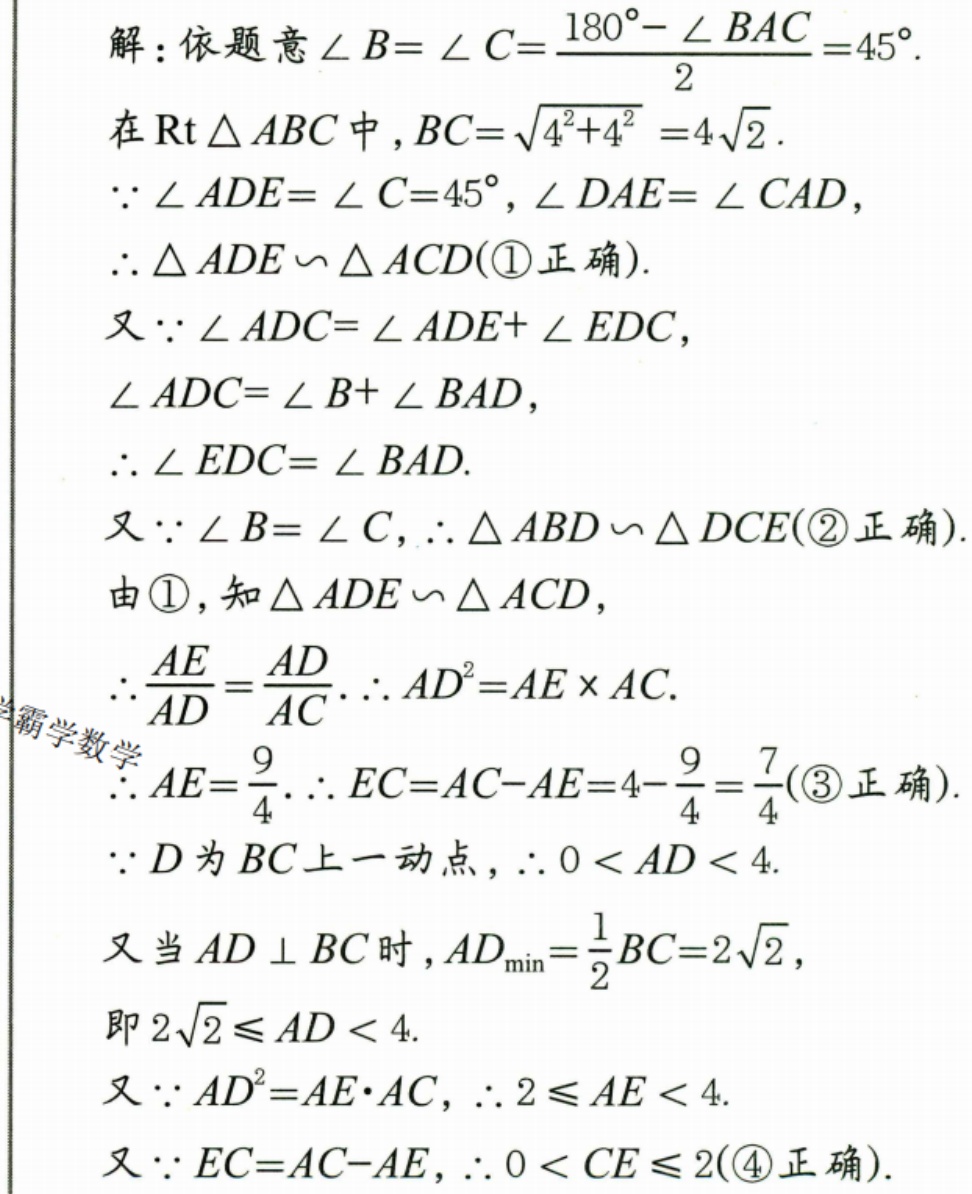
解：依题意\(\angle B = \angle C=\frac{180^{\circ}-\angle BAC}{2}=45^{\circ}\).
在\(\text{Rt}\triangle ABC\)中，\(BC = \sqrt{4^{2}+4^{2}} = 4\sqrt{2}\).
\(\because\angle ADE=\angle C = 45^{\circ}\)，\(\angle DAE=\angle CAD\)，
\(\therefore\triangle ADE\backsim\triangle ACD(\textcircled{1}正确)\).
又\(\because\angle ADC=\angle ADE+\angle EDC\)，
\(\angle ADC=\angle B+\angle BAD\)，
\(\therefore\angle EDC=\angle BAD\).
又\(\because\angle B = \angle C\)，\(\therefore\triangle ABD\backsim\triangle DCE(\textcircled{2}正确)\).
由\(\textcircled{1}\)，知\(\triangle ADE\backsim\triangle ACD\)，
\(\therefore\frac{AE}{AD}=\frac{AD}{AC}\). \(\therefore AD^{2}=AE\times AC\).
\(\therefore AE = \frac{9}{4}\). \(\therefore EC=AC - AE=4-\frac{9}{4}=\frac{7}{4}(\textcircled{3}正确)\).
\(\because D\)为\(BC\)上一动点，\(\therefore0 < AD < 4\).
又当\(AD\perp BC\)时，\(AD_{\min}=\frac{1}{2}BC = 2\sqrt{2}\)，
即\(2\sqrt{2}\leqslant AD < 4\).
又\(\because AD^{2}=AE\cdot AC\)，\(\therefore2\leqslant AE < 4\).
又\(\because EC=AC - AE\)，\(\therefore0 < CE\leqslant2(\textcircled{4}正确)\).